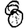
Digit: 8